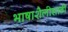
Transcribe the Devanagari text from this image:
भाषाशैलीसाठी